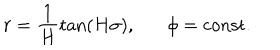
r = \frac { 1 } { H } \tan ( H \sigma ) , \phi = \mathrm { c o n s t . }